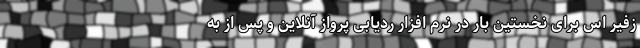
زفیر اس برای نخستین بار در نرم افزار ردیابی پرواز آنلاین و پس از به